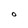
Character: O